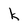
Character: k